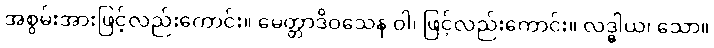
အစွမ်းအားဖြင့်လည်းကောင်း။ မေတ္တာဒိဝသေန ဝါ၊ ဖြင့်လည်းကောင်း။ လဒ္ဓါယ၊ သော။